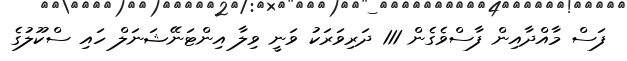
ފަސް މާއްދާއިން ފާސްވެގެން 111 ދަރިވަރަކު ވަނީ ވިލާ އިންޓަނޭޝަނަލް ހައި ސްކޫލުގެ